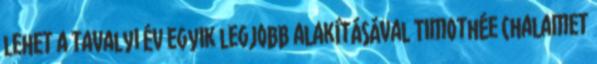
lehet a tavalyi év egyik legjobb alakításával Timothée Chalamet